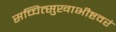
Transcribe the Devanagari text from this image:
सच्चित्सुखाभीष्टवरं